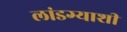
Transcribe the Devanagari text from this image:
लांडग्याशी